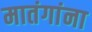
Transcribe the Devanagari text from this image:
मातंगांना